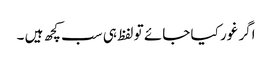
اگر غور کیا جائے تو لفظ ہی سب کچھ ہیں ۔